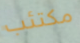
مكتئب